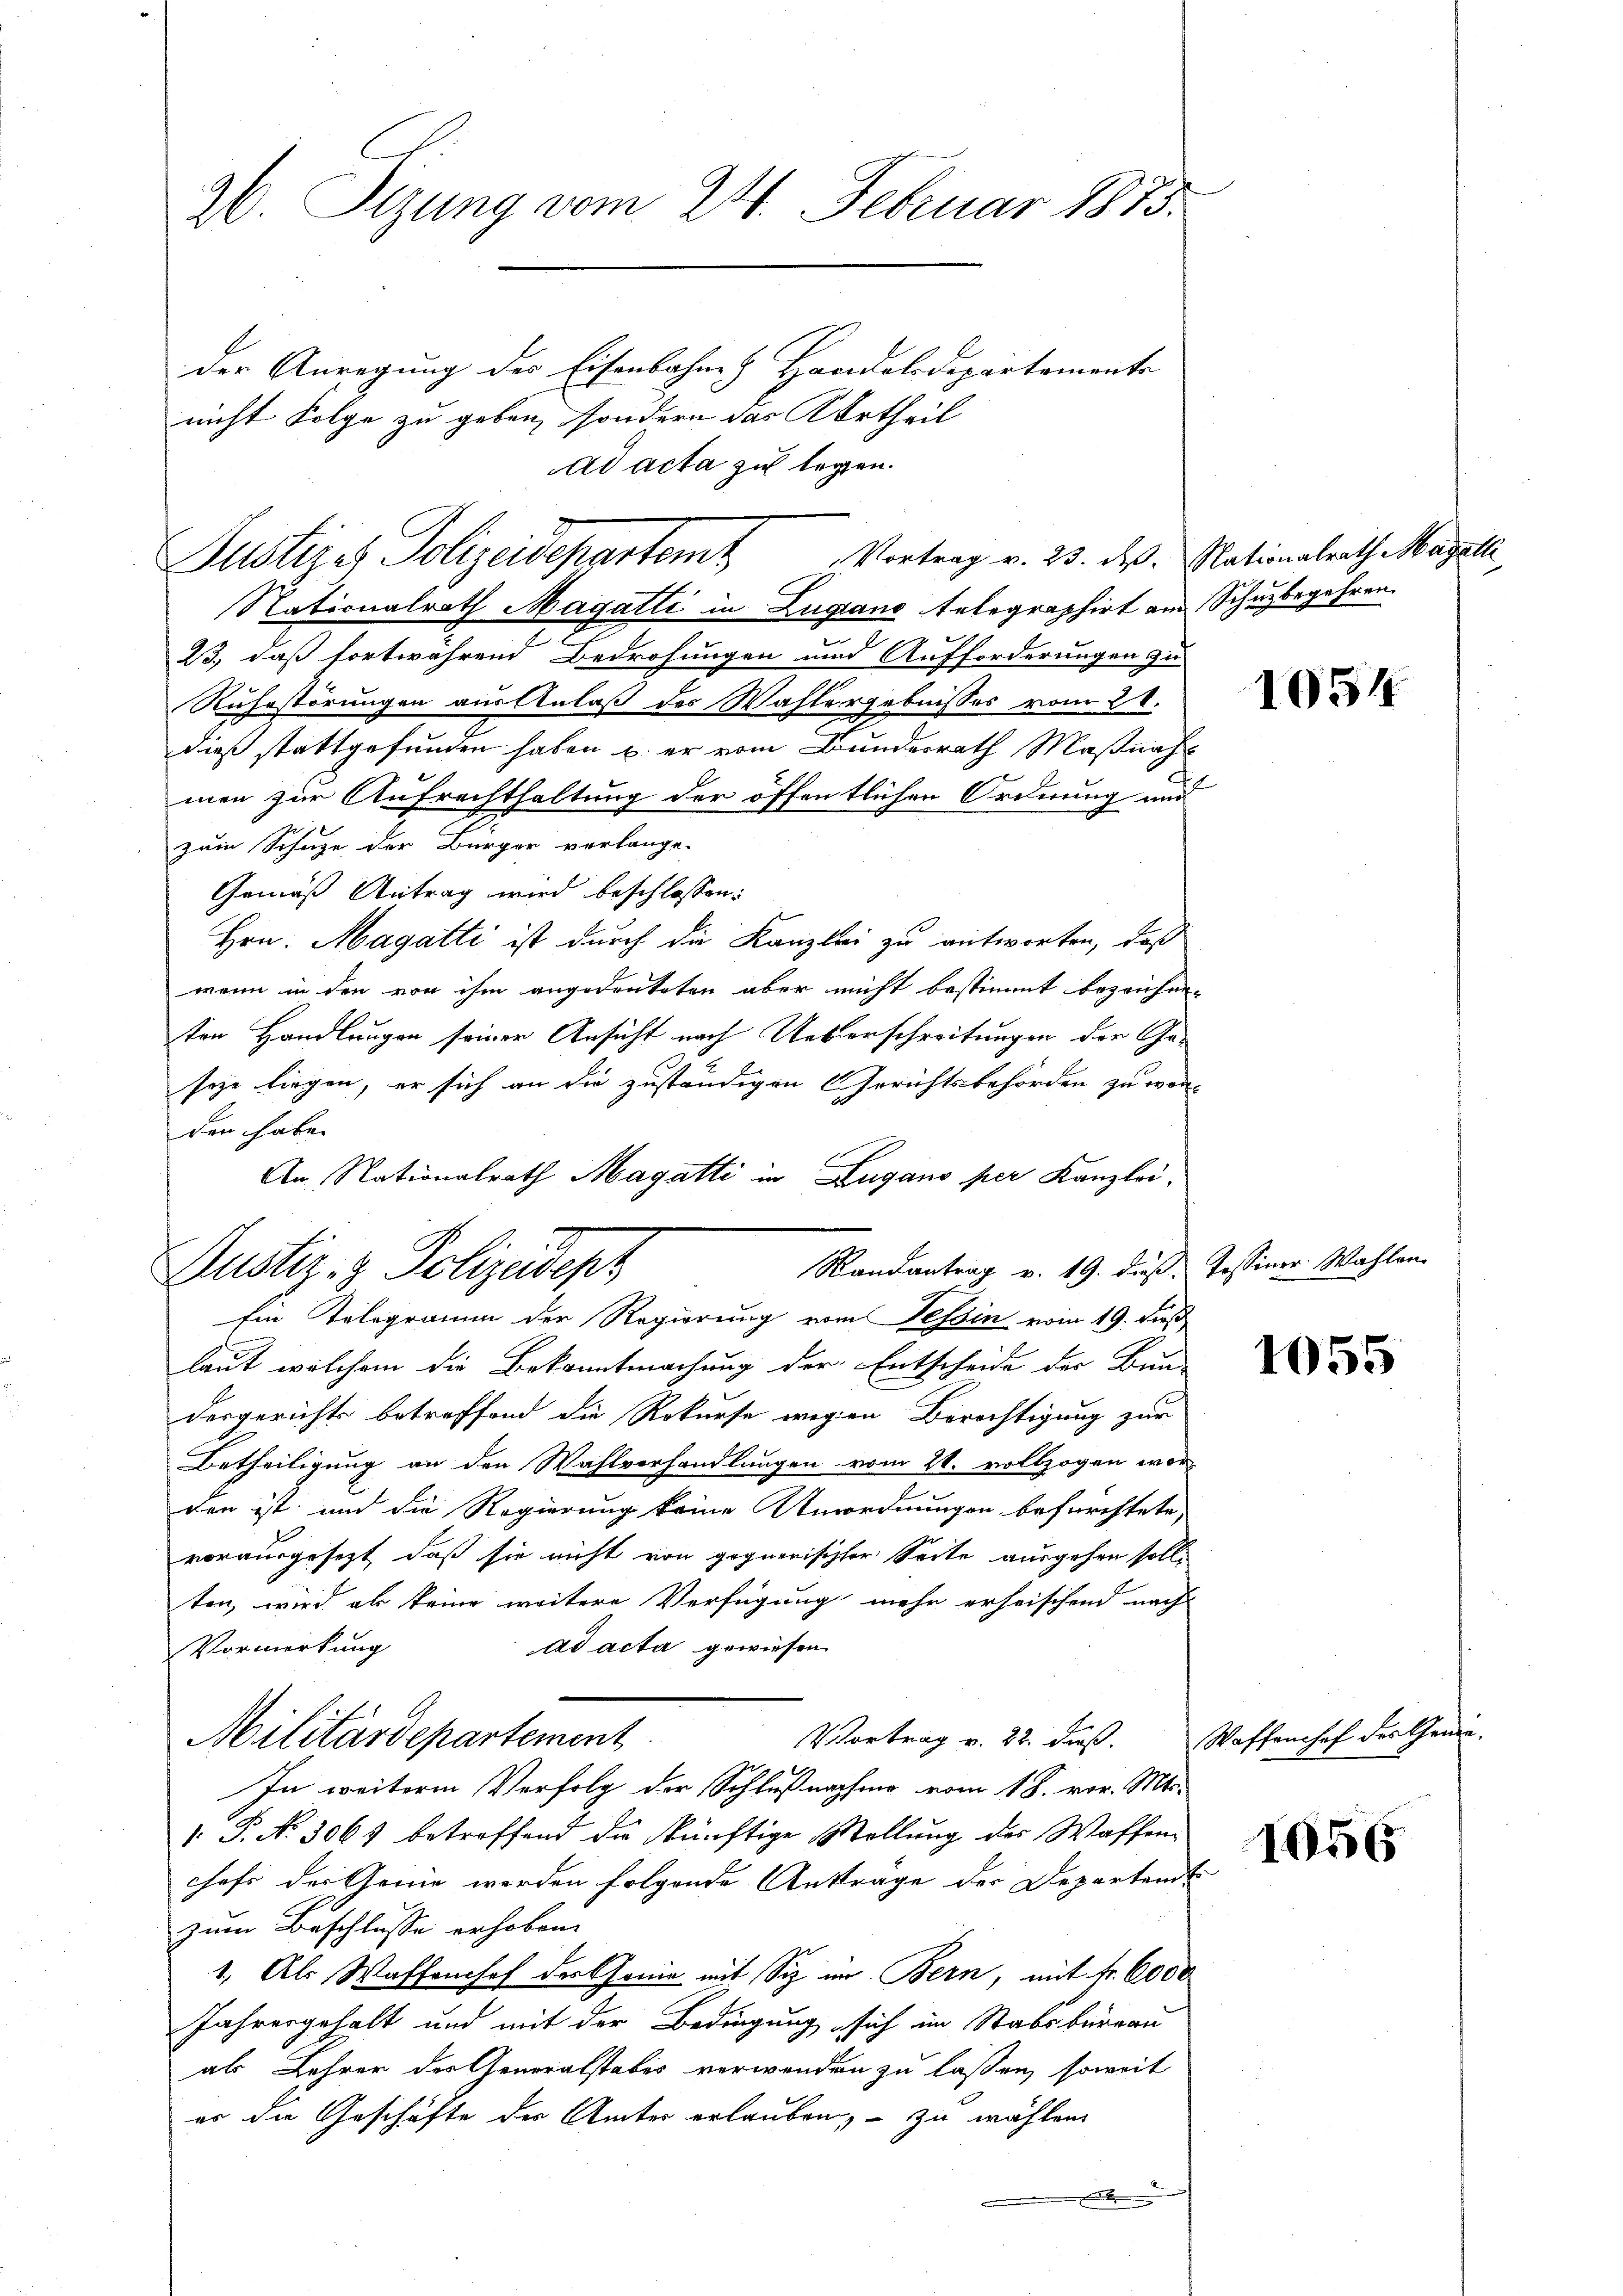
26. Sizung vom 24. Februar 1875.
der Anregung des Eisenbahne & Handelsdepartements

nicht Folge zu geben, sondern das Kurtheil
ad acta zu legen.

Justizes Polizeidepartem Vortrag v. 23. ds. Nationalrath Magela

Justiz- & Polizeidepz

Nationalrath Magatti in Lugano telegraphirt am Schuzbegehren.
23, daß fortwährend Bedrohungen und Aufforderungen zu
Ruhestörungen aus Anlaß des Wahlergebnisses vom 28.
dieß stattgefunden haben u. er vom Bundesrath Maßnahmen zur Aufrechthaltung der öffentlichen Ordnung und
zum Schuze der Bürger verlange.
Gemäß Antrag wird beschlossen:
Hrn. Magatti ist durch die Kanzlei zu antworten, daß
wenn in den von ihm angedruketen aber nicht bestimmt bezeichne.
ten Handlungen seiner Ansicht nach Ueberschreitungen der Geseyn liegen, er sich an die zuständigen Gerichtsbehörden zu worden habe.
An Nationalrath Magatti in Zugano per Kanzlei-
Randantrag v. 19. dieß. Tessiner Wahlen
Ein Telegramm der Regierung vom Tessin vom 19. dieß
laut welchem die Bekanntmachung der Entscheide der Bun-
dergerichte betreffend die Rekurse wegen Berichtigung zur
Betheiligung an den Wahlverhandlungen vom 24. vollzogen wor-
den ist, und die Regierung keine Unordnungen befürchtete,
vorausgesezt, daß sie nicht von gegnerisischer Seite ausgehen soll,
ten, wird als keine weitere Verfügung mehr erheischend nach
ad acta gewiesen
Vormerkung
Vortrag v. 22. daß.
Militärdepartement
In weitere Verfolg der Schlußnahme vom 18. vor. Mts.
1. P. N. 3061 betreffend die künftige Stellung des Waffenchefs der Genie werden folgende Anträge der Departends
zum Beschlüsse erhoben.
1. Als Waffenhof der Gonio mit Siz im Bern, mit Fr. 6000
Jahresgehalt und mit der Bedingung sich im Stabsbureau
als Lehrer des Generalstabes verwenden zu laßen, soweit
er die Geschäfte des Amtes erlauben, – zu wählen
.

1054

1055

Waffenshof der Gene¬

1056